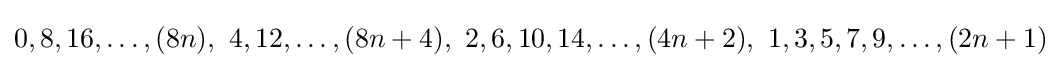
0,8,16,\dots ,(8n),\ 4,12,\dots ,(8n+4),\ 2,6,10,14,\dots ,(4n+2),\ 1,3,5,7,9,\dots ,(2n+1)